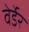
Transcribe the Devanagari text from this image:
वेर्डेर